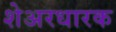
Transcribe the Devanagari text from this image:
शेअरधारक